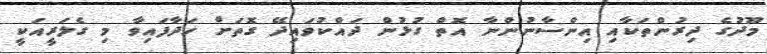
މޫދުގެ ދިރުންތަކާއި އިންސާނުންނާ އޮތް ގުޅުން ދައްކުވައިދޭ ގޮތަށް ހަދާފައިވާ މި ގެލަރީއަކީ